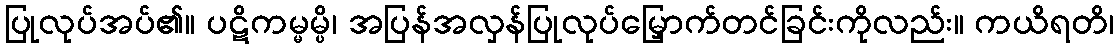
ပြုလုပ်အပ်၏။ ပဋိကမ္မမ္ပိ၊ အပြန်အလှန်ပြုလုပ်မြှောက်တင်ခြင်းကိုလည်း။ ကယိရတိ၊